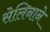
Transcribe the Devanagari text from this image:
सेलिनाने